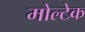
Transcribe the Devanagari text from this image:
मोल्टेक